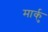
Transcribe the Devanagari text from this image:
मार्कु